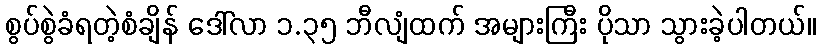
စွပ်စွဲခံရတဲ့စံချိန် ဒေါ်လာ ၁.၃၅ ဘီလျံထက် အများကြီး ပိုသာ သွားခဲ့ပါတယ်။